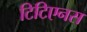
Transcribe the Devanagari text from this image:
टिटिएनस